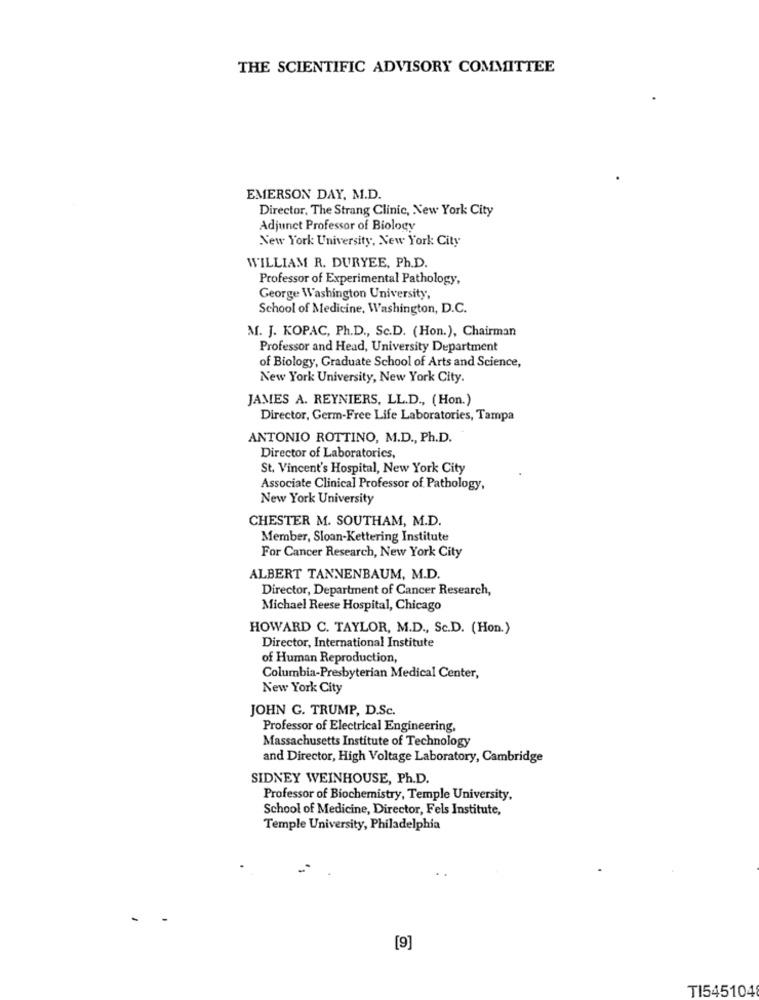
THE SCIENTIFIC ADVISORY COMMITTEE
EMERSON DAY, M.D.
Director, The Strang Clinic, New York City
Adjunct Professor of Biology
New York University, New York City
WILLIAM R. DURYEE, Ph.D.
Professor of Experimental Pathology,
George Washington University,
School of Medicine, Washington, D.C.
M. J. KOPAC, Ph.D ., Sc.D. (Hon.), Chairman
Professor and Head, University Department
of Biology, Graduate School of Arts and Science,
New York University, New York City.
JAMES A. REYNIERS, LL.D ., (Hon.)
Director, Germ-Free Life Laboratories, Tampa
ANTONIO ROTTINO, M.D ., Ph.D.
Director of Laboratorics,
St. Vincent's Hospital, New York City
Associate Clinical Professor of Pathology,
New York University
CHESTER M. SOUTHAM, M.D.
Member, Sloan-Kettering Institute
For Cancer Research, New York City
ALBERT TANNENBAUM, M.D.
Director, Department of Cancer Research,
Michael Reese Hospital, Chicago
HOWARD C. TAYLOR, M.D ., Sc.D. (Hon.)
Director, International Institute
of Human Reproduction,
Columbia-Presbyterian Medical Center,
New York City
JOHN G. TRUMP, D.Sc.
Professor of Electrical Engineering,
Massachusetts Institute of Technology
and Director, High Voltage Laboratory, Cambridge
SIDNEY WEINHOUSE, Ph.D.
Professor of Biochemistry, Temple University,
School of Medicine, Director, Fels Institute,
Temple University, Philadelphia
[9]
TI545104